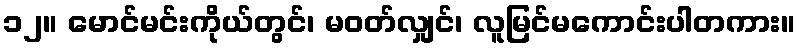
၁၂။ မောင်မင်းကိုယ်တွင်၊ မဝတ်လျှင်၊ လူမြင်မကောင်းပါတကား။